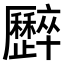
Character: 𠫏